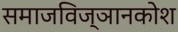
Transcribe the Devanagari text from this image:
समाजविज्ञानकोश